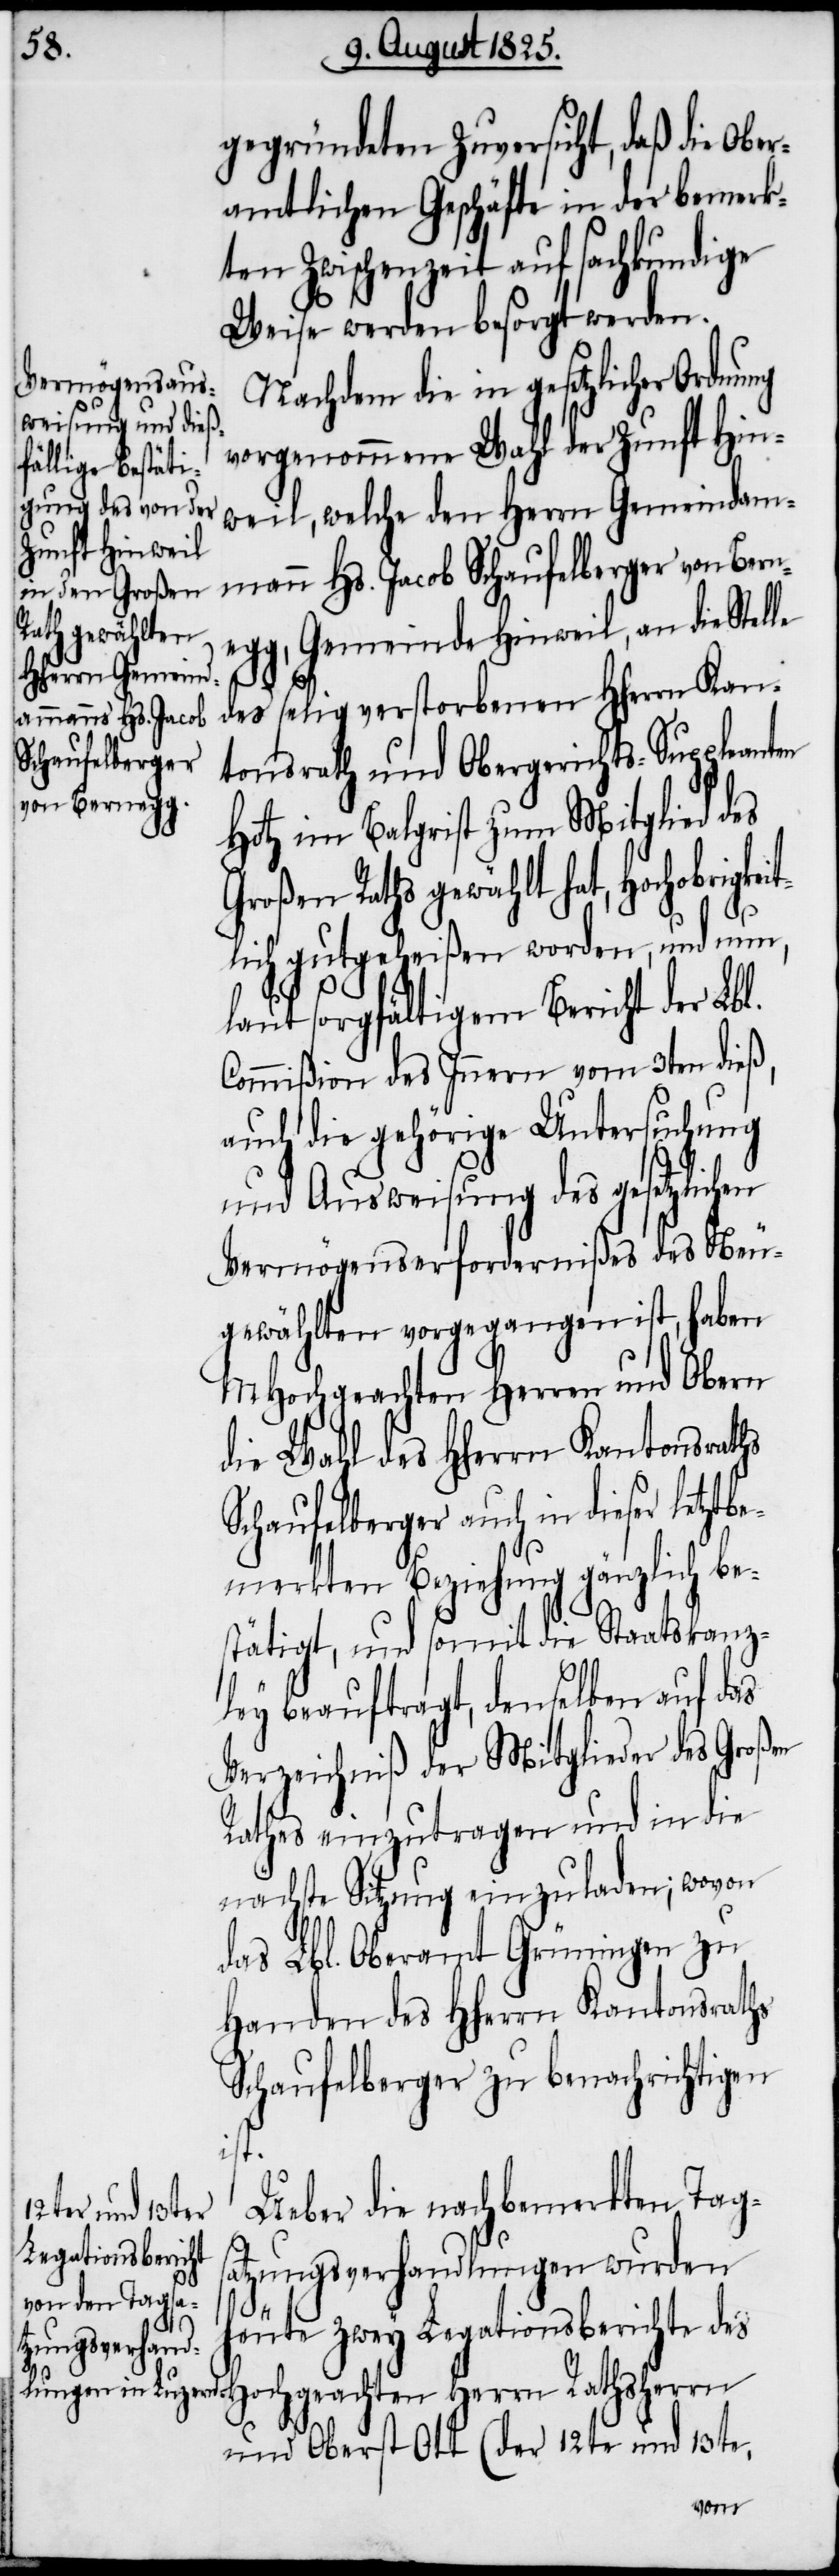
gegründeten Zuversicht, daß die ober¬
amtlichen Geschäfte in der bemerk¬
ten Zwischenzeit auf sachkundige
Weise werden besorgt werden.
Nachdem die in gesetzlicher Ordnung
vorgenommene Wahl der Zunft Hin¬
weil, welche den Herrn Gemeindam¬
mann Hs. Jacob Schaufelberger von Bern¬
egg, Gemeinde Hinweil, an die Stelle
des selig verstorbenen HHerrn Kan¬
tonsrath und Obergerichts-Suppleanten
Hotz im Balgrist zum Mitglied des
Großen Raths gewählt hat, Hochobrigkei¬
tlich gutgeheißen worden, und nun,
laut sorgfältigem Bericht der Lbl.
Commißion des Innern vom 3ten dieß,
auch die gehörige Untersuchung
und Ausweisung des gesetzlichen
Vermögenserfordernißes des Neu¬
gewählten vorgegangen ist, haben
MHochgeachten Herren und Obern
die Wahl des HHerrn Kantonsraths
Schaufelberger auch in dieser letztb¬
emerkten Beziehung gänzlich be¬
stätigt, und somit die Staatskanz¬
ley beauftragt, demselben auf das
Verzeichniß der Mitglieder des Großen
Rathes einzutragen und in die
nächste Sitzung einzuladen; wovon
das Lbl. Oberamt Grüningen zu
Handen des HHerrn Kantonsraths
Schaufelberger zu benachrichtigen
ist.
Ueber die nachbemerkten Tag¬
satzungsverhandlungen wurden
heute zwey Legationsberichte des
Hochgeachten Herrn Rathsherrn
und Oberst Ott (der 12te und 13te,